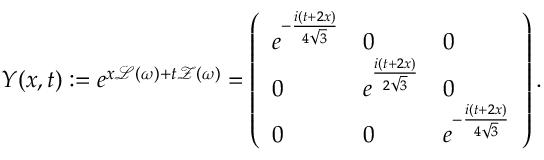
\begin{array} { r } { Y ( x , t ) : = e ^ { x \mathcal { L } ( \omega ) + t \mathcal { Z } ( \omega ) } = \left( \begin{array} { l l l } { e ^ { - \frac { i ( t + 2 x ) } { 4 \sqrt { 3 } } } } & { 0 } & { 0 } \\ { 0 } & { e ^ { \frac { i ( t + 2 x ) } { 2 \sqrt { 3 } } } } & { 0 } \\ { 0 } & { 0 } & { e ^ { - \frac { i ( t + 2 x ) } { 4 \sqrt { 3 } } } } \end{array} \right) . } \end{array}